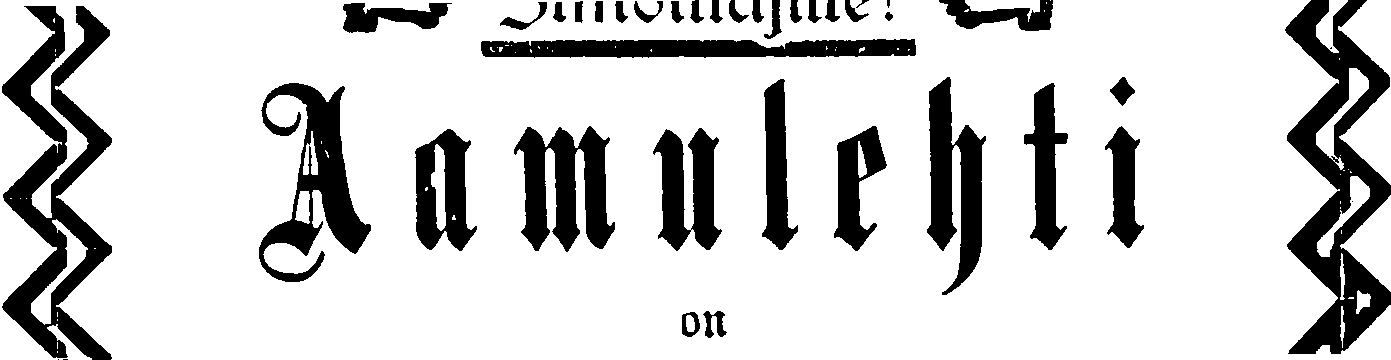
# Aamulehti #